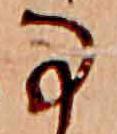
な